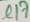
Text: C17